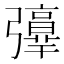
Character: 𢐻